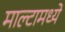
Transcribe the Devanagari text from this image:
माल्टामध्ये